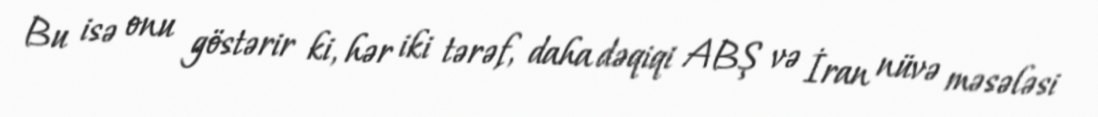
Bu isə onu göstərir ki, hər iki tərəf, daha dəqiqi ABŞ və İran nüvə məsələsi